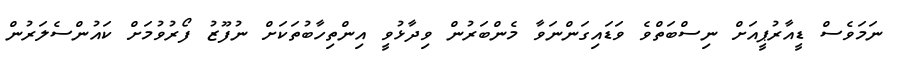
ނަމަވެސް ޑީއާރުޕީއަށް ނިސްބަތްވެ ވަޑައިގަންނަވާ މެންބަރުން ވިދާޅުވީ އިންތިހާބުތަކަށް ނުފޫޒު ފޯރުވުމަށް ކައުންސެލަރުން